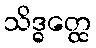
သိဒ္ဓတ္ထေ